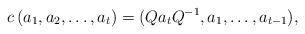
LaTeX: \begin{align*} c\, (a_1, a_2, \ldots, a_t) = (Q a_t Q^{-1}, a_1, \ldots, a_{t-1}),\end{align*}